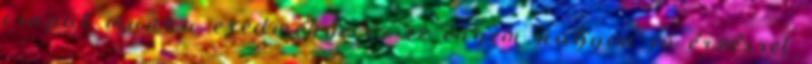
csapat munka eredménye és ez engem nagyon jó érzéssel